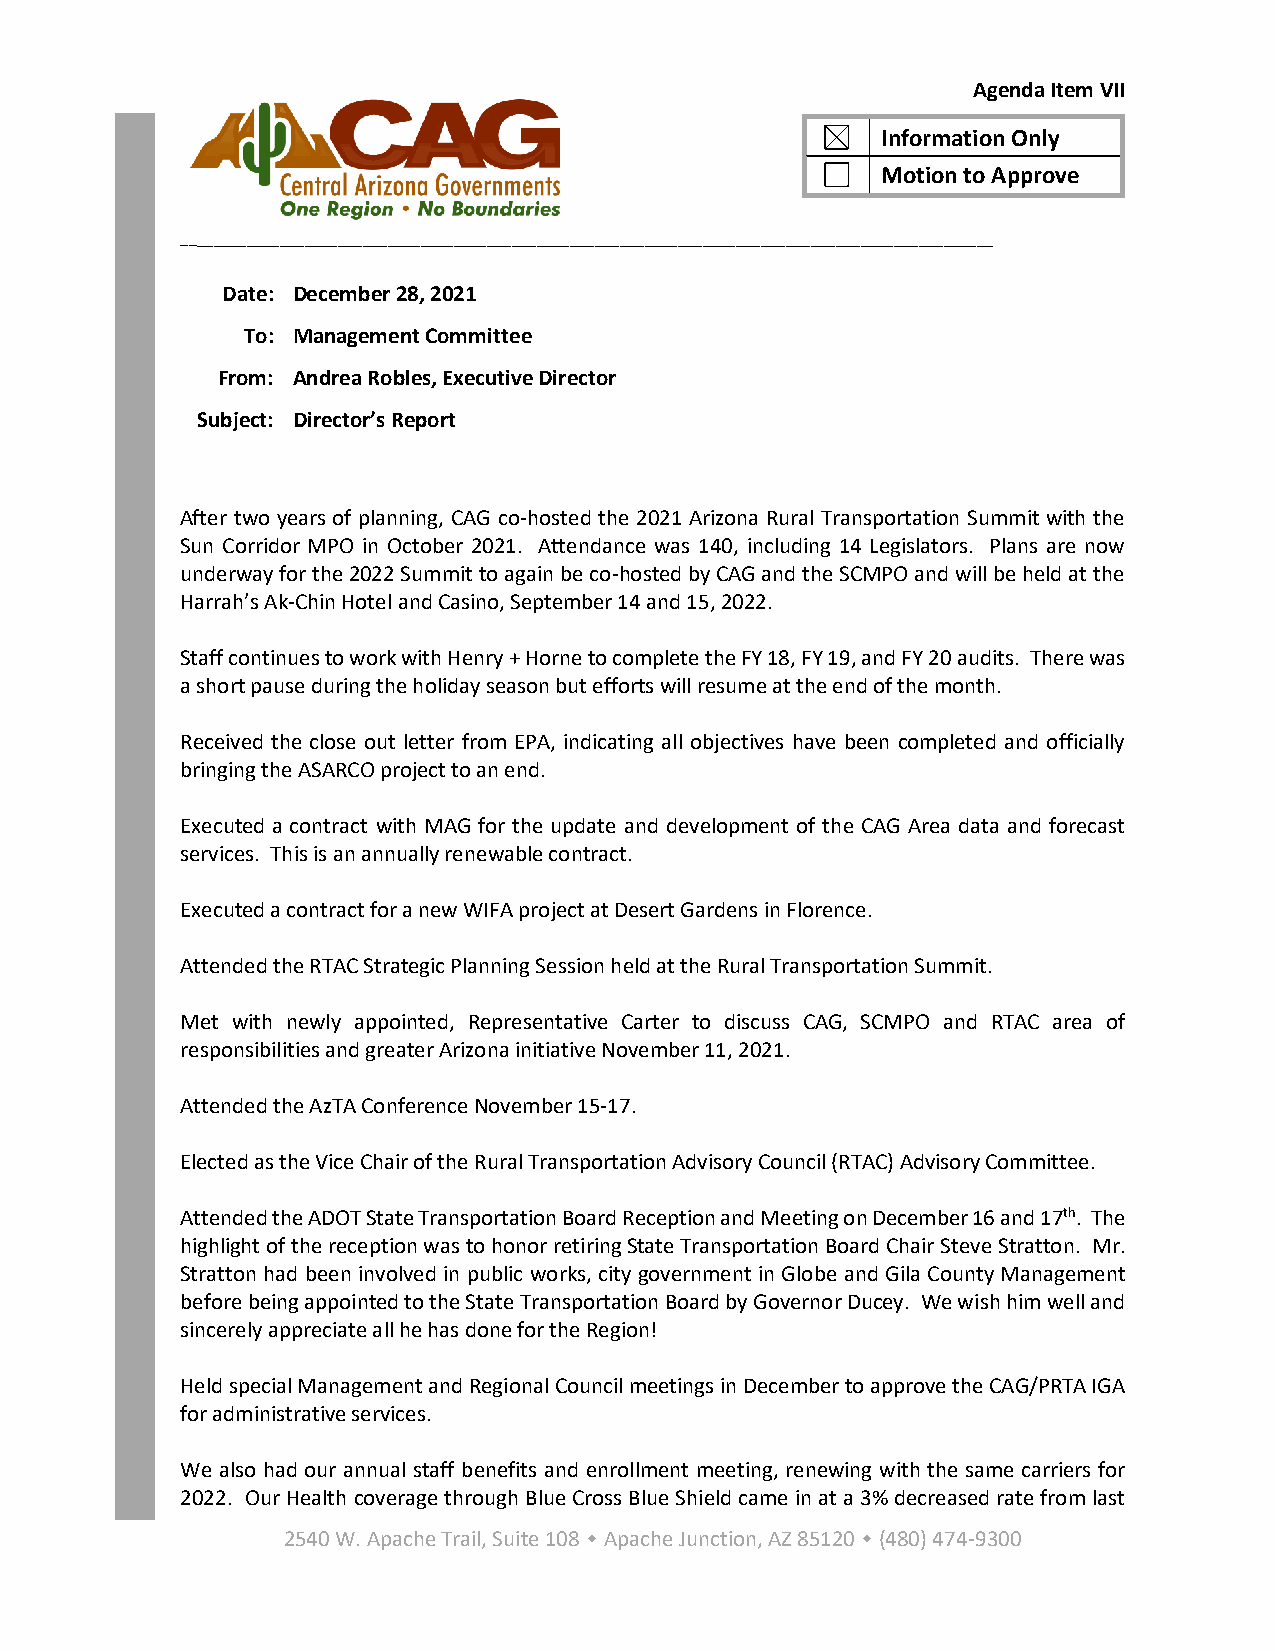
Agenda Item VII
 Information Only
 Motion to Approve
 __________________________________________________________________________________________________
 Date: December 28, 2021
 To: Management Committee
 From: Andrea Robles, Executive Director
 Subject: Director’s Report
 After two years of planning, CAG co-hosted the 2021 Arizona Rural Transportation Summit with the
 Sun Corridor MPO in October 2021. Attendance was 140, including 14 Legislators. Plans are now
 underway for the 2022 Summit to again be co-hosted by CAG and the SCMPO and will be held at the
 Harrah’s Ak-Chin Hotel and Casino, September 14 and 15, 2022.
 Staff continues to work with Henry + Horne to complete the FY 18, FY 19, and FY 20 audits. There was
 a short pause during the holiday season but efforts will resume at the end of the month.
 Received the close out letter from EPA, indicating all objectives have been completed and officially
 bringing the ASARCO project to an end.
 Executed a contract with MAG for the update and development of the CAG Area data and forecast
 services. This is an annually renewable contract.
 Executed a contract for a new WIFA project at Desert Gardens in Florence.
 Attended the RTAC Strategic Planning Session held at the Rural Transportation Summit.
 Met with newly appointed, Representative Carter to discuss CAG, SCMPO and RTAC area of
 responsibilities and greater Arizona initiative November 11, 2021.
 Attended the AzTA Conference November 15-17.
 Elected as the Vice Chair of the Rural Transportation Advisory Council (RTAC) Advisory Committee.
 Attended the ADOT State Transportation Board Reception and Meeting on December 16 and 17th. The
 highlight of the reception was to honor retiring State Transportation Board Chair Steve Stratton. Mr.
 Stratton had been involved in public works, city government in Globe and Gila County Management
 before being appointed to the State Transportation Board by Governor Ducey. We wish him well and
 sincerely appreciate all he has done for the Region!
 Held special Management and Regional Council meetings in December to approve the CAG/PRTA IGA
 for administrative services.
 We also had our annual staff benefits and enrollment meeting, renewing with the same carriers for
 2022. Our Health coverage through Blue Cross Blue Shield came in at a 3% decreased rate from last
 2540 W. Apache Trail, Suite 108  Apache Junction, AZ 85120  (480) 474-9300